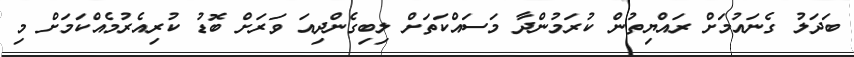
ބަދަލު ގެނައުމަށް ރައްޔިތުން ކުރަމުންދާ މަސައްކަތަށް ލިބިގެންދިއަ ވަރަށް ބޮޑު ކުރިއެރުމެއްކަމަށް މި